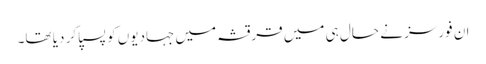
ان فورسز نے حال ہی میں قرقشہ میں جہادیوں کو پسپا کر دیا تھا۔